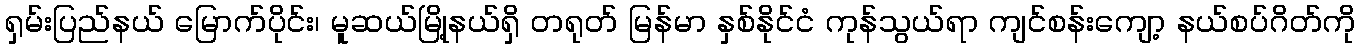
ရှမ်းပြည်နယ် မြောက်ပိုင်း၊ မူဆယ်မြို့နယ်ရှိ တရုတ် မြန်မာ နှစ်နိုင်ငံ ကုန်သွယ်ရာ ကျင်စန်းကျော့ နယ်စပ်ဂိတ်ကို